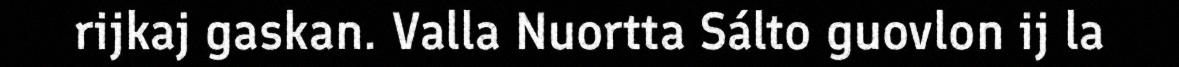
rijkaj gaskan. Valla Nuortta Sálto guovlon ij la